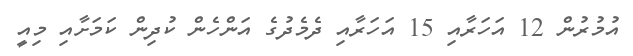
އުމުރުން 12 އަހަރާއި 15 އަހަރާއި ދެމެދުގެ އަންހެން ކުދިން ކަމަށާއި މިއީ